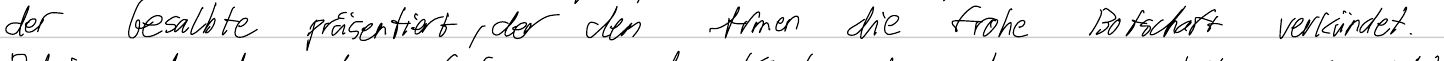
der Gesalbte präsentiert, der den Armen die frohe Botschaft verkündet.